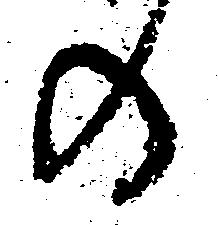
の